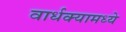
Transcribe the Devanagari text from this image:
वार्धक्यामध्ये